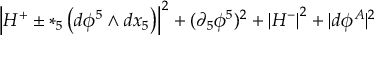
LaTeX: \left| H ^ { + } \pm * _ { 5 } \left( d \phi ^ { 5 } \wedge d x _ { 5 } \right) \right| ^ { 2 } + ( \partial _ { 5 } \phi ^ { 5 } ) ^ { 2 } + \left| H ^ { - } \right| ^ { 2 } + | d \phi ^ { A } | ^ { 2 }